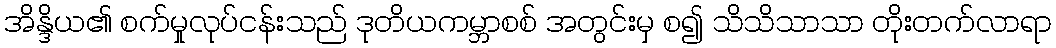
အိန္ဒိယ၏ စက်မှုလုပ်ငန်းသည် ဒုတိယကမ္ဘာစစ် အတွင်းမှ စ၍ သိသိသာသာ တိုးတက်လာရာ